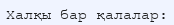
Халқы бар қалалар: